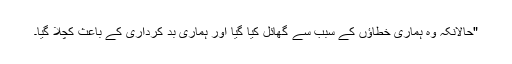
"حالانکہ وہ ہماری خطاؤں کے سبب سے گھائل کیا گیا اور ہماری بد کرداری کے باعث کچلا گیا۔